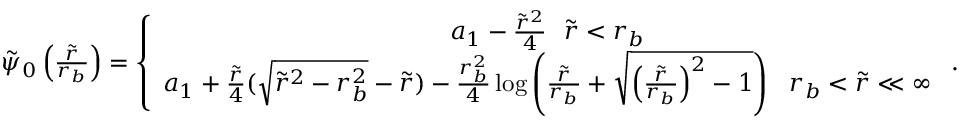
\begin{array} { r } { \tilde { \psi } _ { 0 } \left( \frac { \tilde { r } } { r _ { b } } \right) = \left\{ \begin{array} { c } { a _ { 1 } - \frac { \tilde { r } ^ { 2 } } { 4 } ~ ~ \tilde { r } < r _ { b } } \\ { a _ { 1 } + \frac { \tilde { r } } { 4 } ( \sqrt { \tilde { r } ^ { 2 } - r _ { b } ^ { 2 } } - \tilde { r } ) - \frac { r _ { b } ^ { 2 } } { 4 } \log \left( \frac { \tilde { r } } { r _ { b } } + \sqrt { \left( \frac { \tilde { r } } { r _ { b } } \right) ^ { 2 } - 1 } \right) ~ ~ r _ { b } < \tilde { r } \ll \infty } \end{array} \right. . } \end{array}